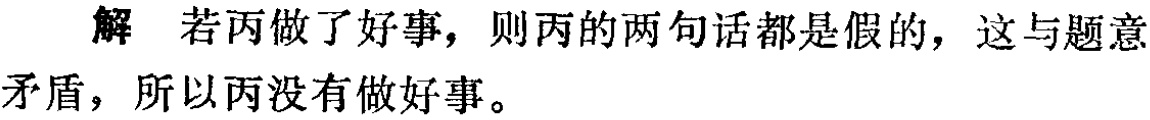
解 若丙做了好事，则丙的两句话都是假的，这与题意矛盾，所以丙没有做好事。